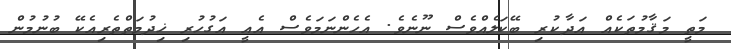
މަތީ މަޤާމުތަކެއް އަދާކުރި ބޭކަލެއްވެސް ނޫނެވެ. އެހެންނަމަވެސް އެއީ އަގުހުރި ޚިދުމަތްތެރިއެކޭ ބުނުމުން